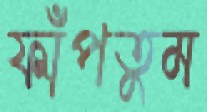
ফাঁপতুম